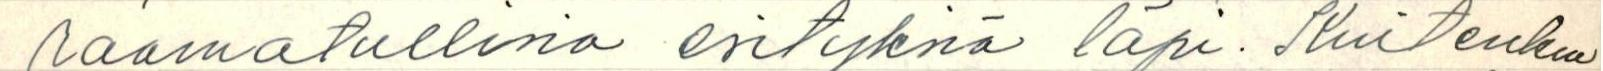
raamatullisia esityksiä läpi. Kuitenkin